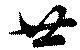
廿